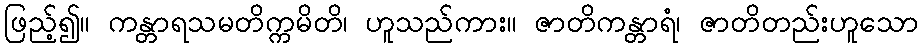
ဖြည့်၍။ ကန္တာရသမတိက္ကမိတိ၊ ဟူသည်ကား။ ဇာတိကန္တာရံ၊ ဇာတိတည်းဟူသော